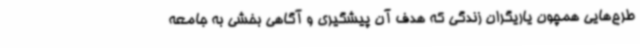
طرح‌هایی همچون یاریگران زندگی که هدف آن پیشگیری و آگاهی بخشی به جامعه